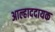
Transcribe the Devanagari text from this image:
अाल्हाददायक